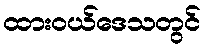
ထားဝယ်ဒေသတွင်